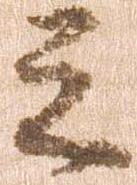
之